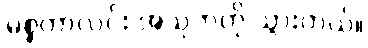
မစ္စတာလင်း အသုဘကို သွားတယ်။